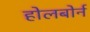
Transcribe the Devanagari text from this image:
होलबोर्न